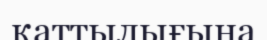
қаттылығына